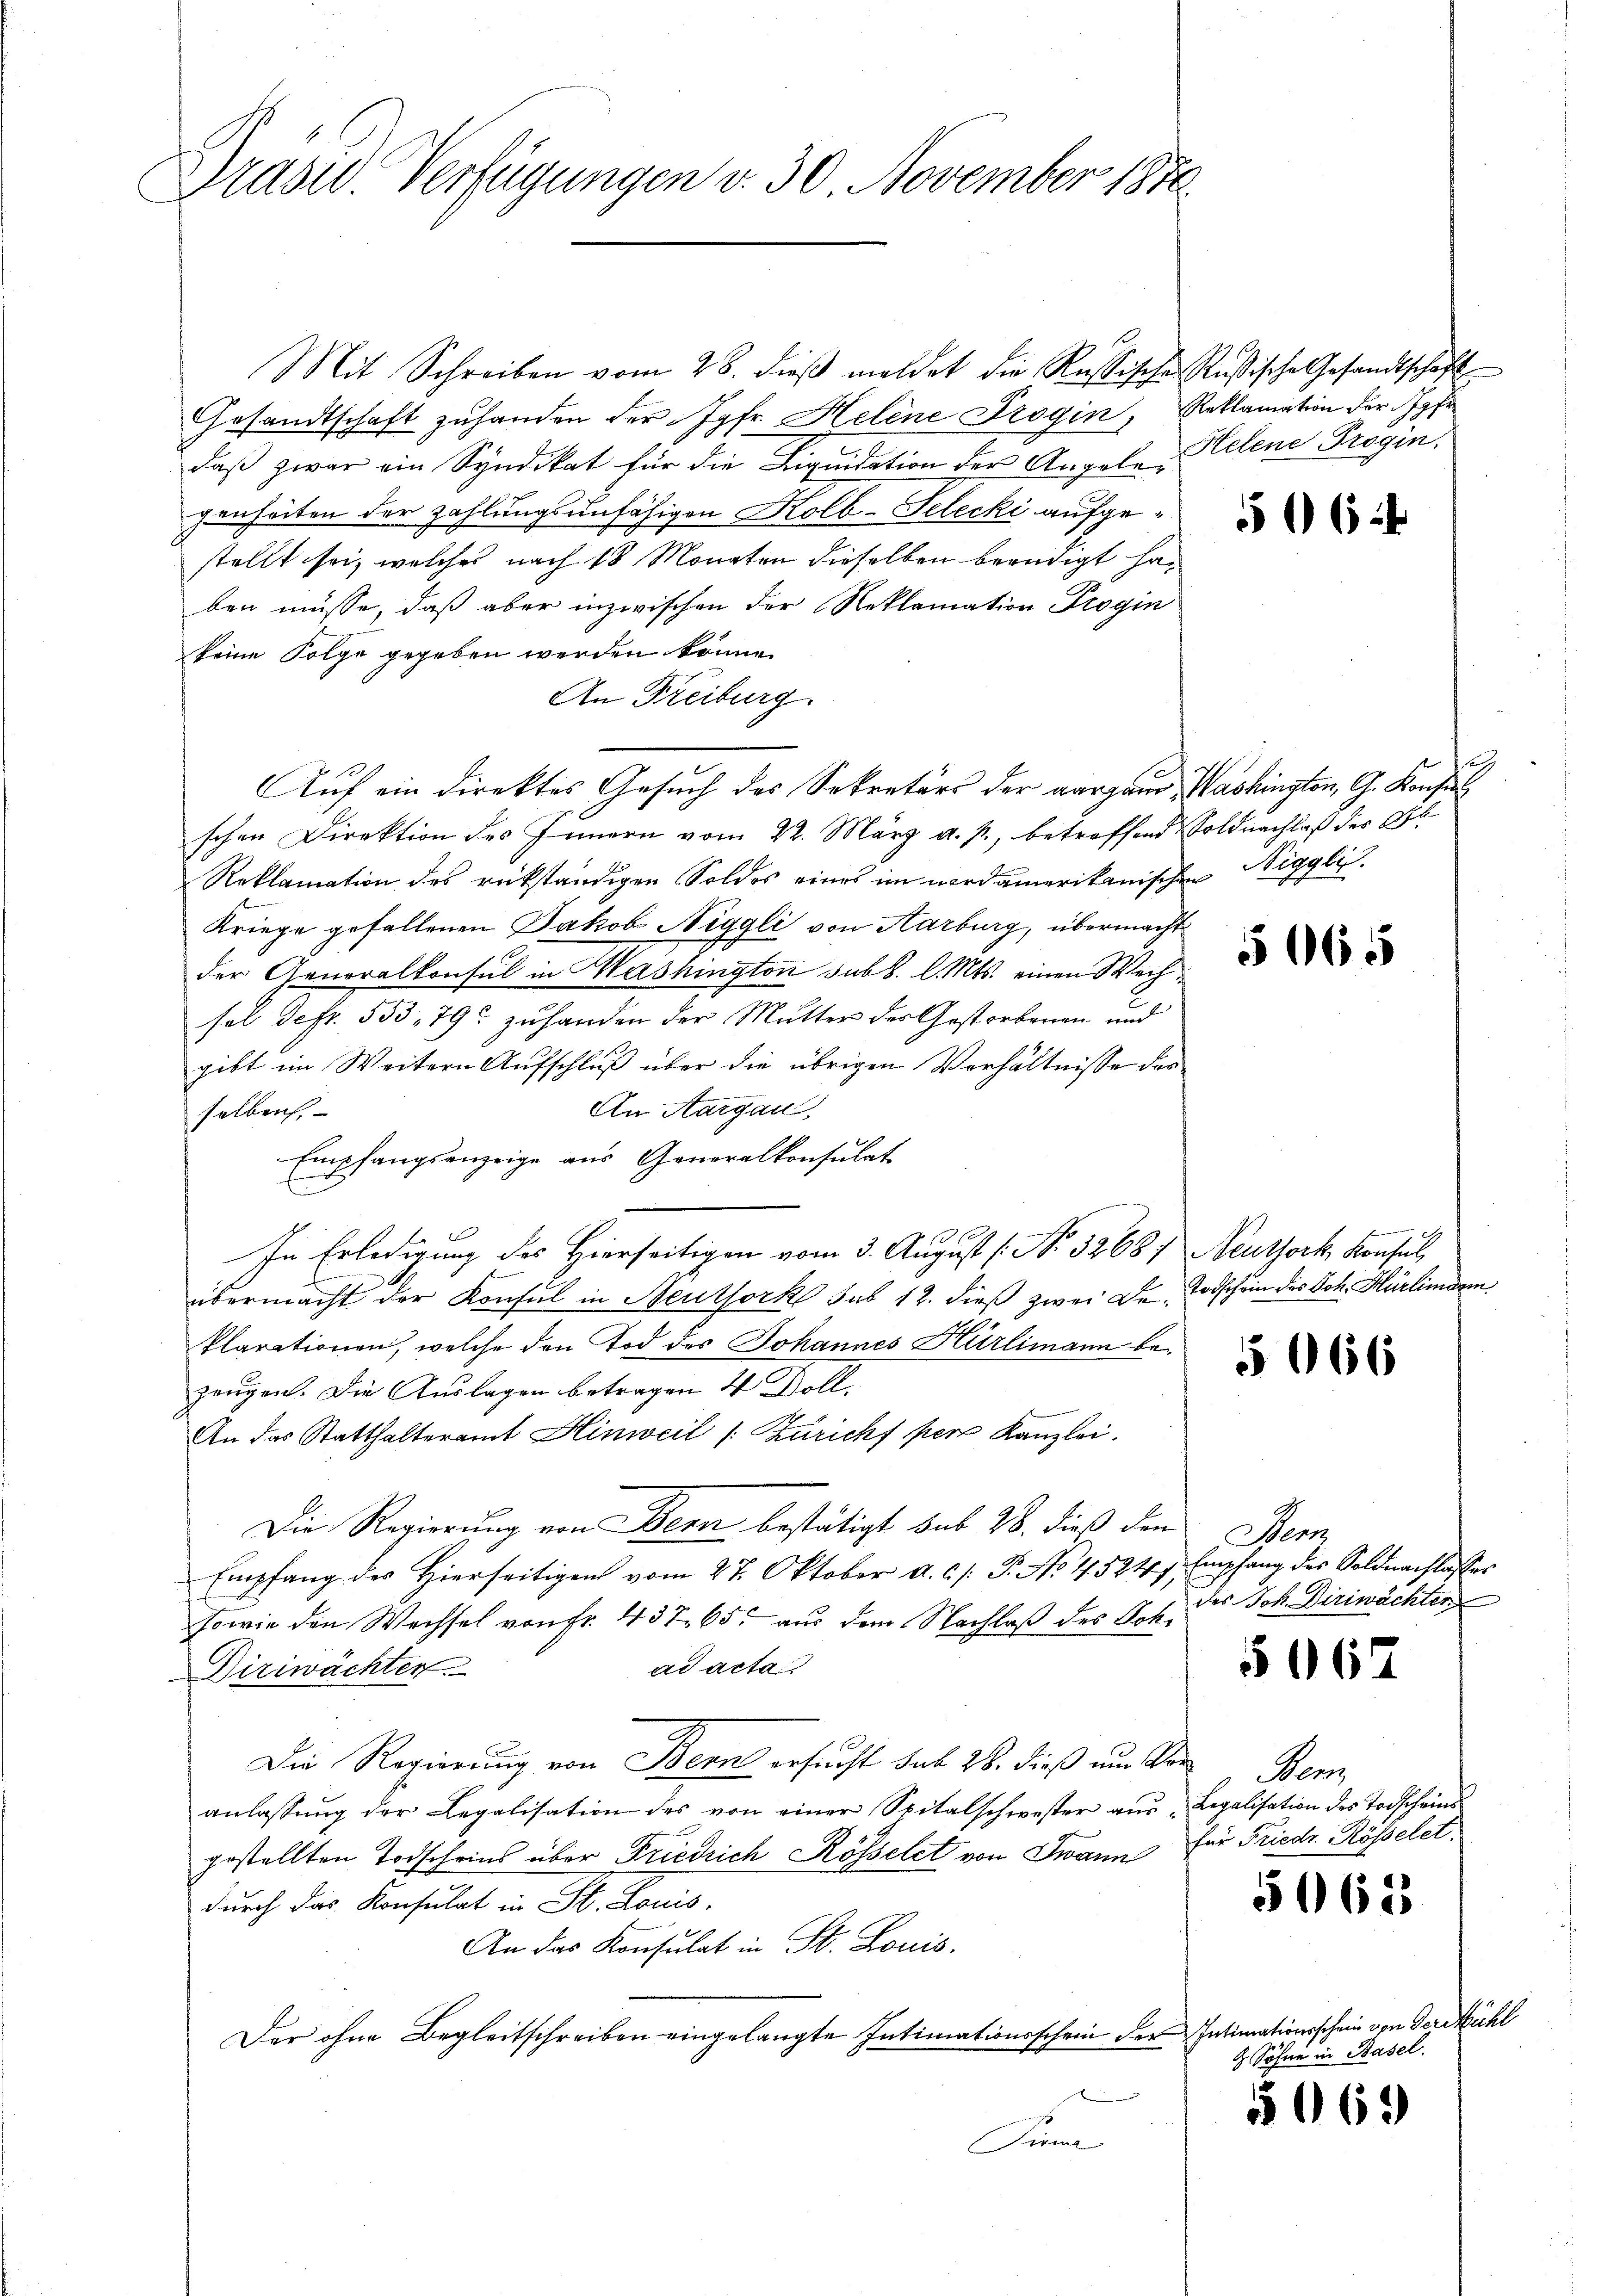
Präsid. Verfügungen v. 30 November 1870

Mit Schreiben vom 28. dieβ meldet die Russische Rußische Gesandtschäft
Gesandtschaft zuhanden der Jgfr. Helene Trogin, Reklamation der Jahr
daß zwar ein Syndikat für die Liquidation der Angele, Helene Progin.
genheiten der Zahlungsunfähigen Kolb-Telecki aufgestellt sei, welches nach 18 Monaten dieselben beendigt haben müsse, daß aber inzwischen der Reklamation Trogin
keine Folge gegeben werden könne.
An Freiburg.
Auf ein direktes Gesuch des Sekretärs der aargau, Washington, G. Konsens
schen Direktion des Innern vom 22. März a. p., betreffend Soldnachlaß der Gl
Reklamation des rükständigen Soldes eines im nordamerikanischen Niggli-
Kriege gefallenen Jakob Niggli von Aarburg, übermacht
der Generalkonsul in Mashington sub b. l. Mts. einen Wechsol defr. 553, 79 zuhanden der Mutter des Gestorbenen und
gibt im Weitern Aufschluß über die übrigen Verhältnisse der
An Aargau,
selben,
Empfangsanzeige aus Generalkonsulat
n
E
1
In Erledigung des Hierseitigen vom 3. August [No 5268, Neuthork, Konsul
übermacht der Konsul in Neuthork sub 12. dieß zwei Dr. Todschein des Joh. Hürlimann,
klarationen, welche den Tod des Johannes Hürlimann bezeugen. Die Auslagen betragen 4 Doll¬
An das Statthalteramt Hinweil [Züricht per Kanzlei.
Die Regierung von Bern bestätigt sub 28. dieß den
Empfang des Hierseitigen vom 27. Oktober a. c. s. P. No 115241, Empfang des Soldnachlasses
sowie den Wechsel von Fr. 437. 65 aus dem Nachlaß des Sch. des Joh. Diriwächten
ad acta
Diriwächten.
Die Regierung von Bern ersucht sub 28. dieß um Voranlassŭng der Legalisation des von einer Spitalschwester aŭs "Legalisation des Todscheins
gestellten Todscheins über Friedrich Rosselet von Twann für Friedr. Rosselet.
durch das Konsulat in St. Louis
An das Konsulat in St. Louis.
Der ohne Begleitschreiben eingelangte Intimationsschein der Intimationsschein von der Mühl
Fina

56

e

5065

E

066

Bern

5067

Pens

5062

Söhne in Basel.

663